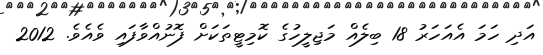
އަދި ހަމަ އެއަހަރު 18 ބިލެއް މަޖިލީހުގެ ކޮމިޓީތަކަށް ފޮނުއްވާފައި ވެއެވެ. 2012